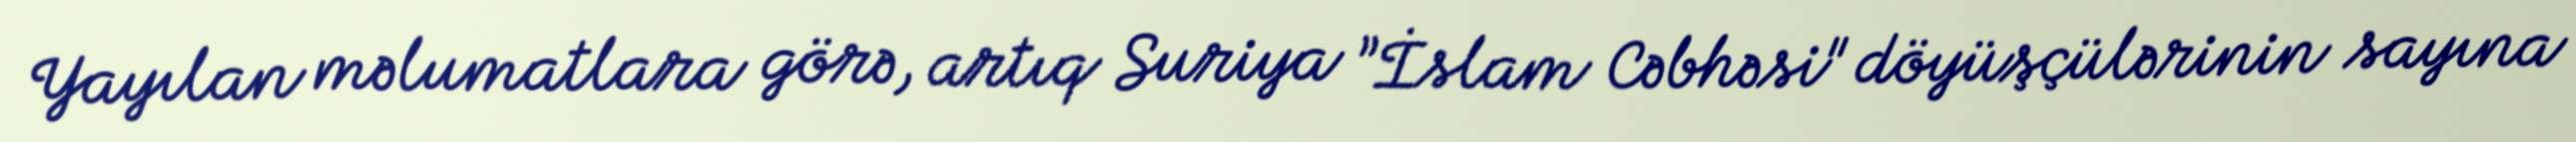
Yayılan məlumatlara görə, artıq Suriya ”İslam Cəbhəsi" döyüşçülərinin sayına